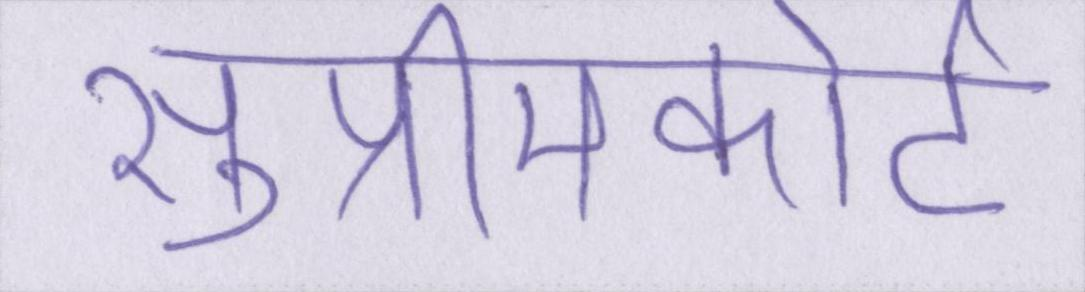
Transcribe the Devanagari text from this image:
सुप्रीमकोर्ट